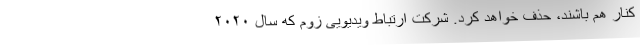
کنار هم باشند، حذف خواهد کرد. شرکت ارتباط ویدیویی زوم که سال ۲۰۲۰